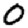
Digit: 0